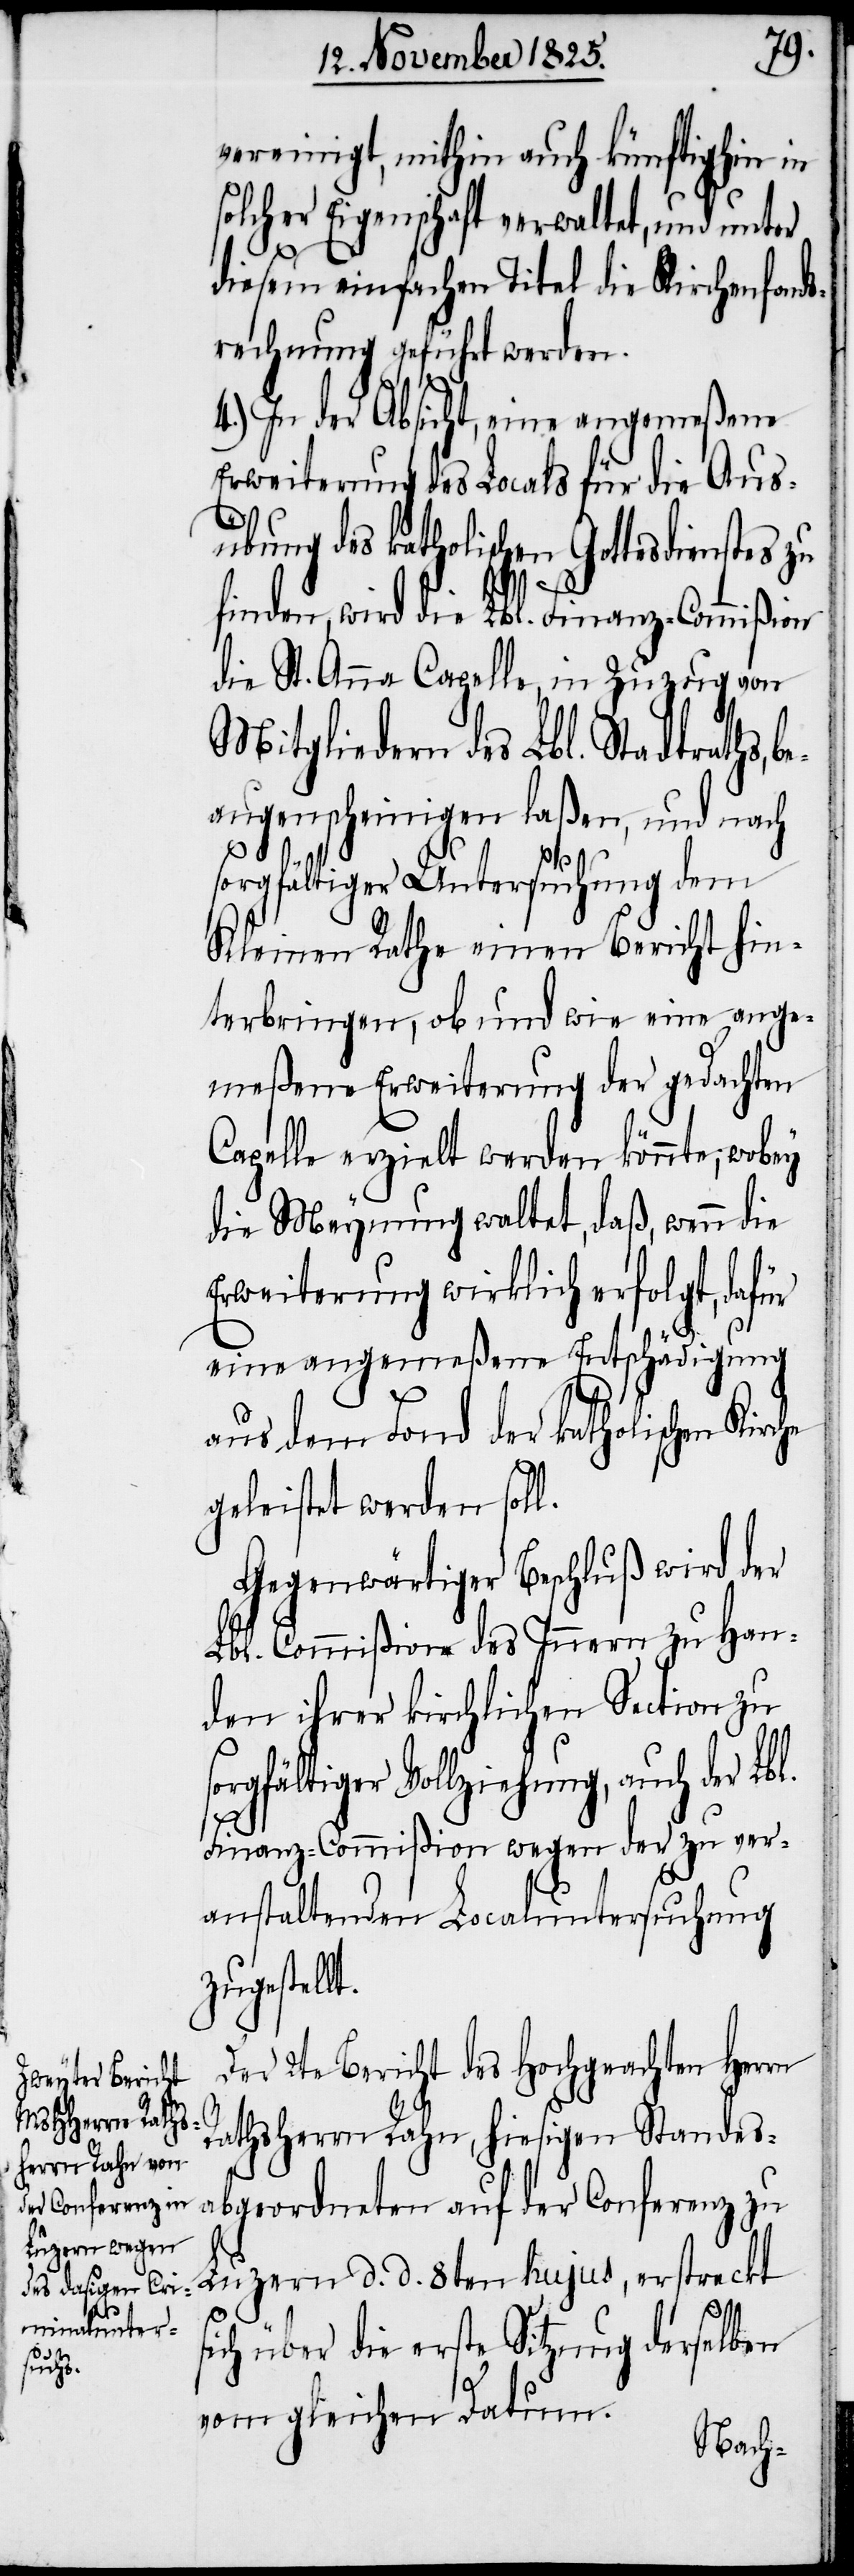
vereinigt, mithin auch künftighin in
solcher Eigenschaft verwaltet, und unter
diesem einfachen Titel die Kirchenfonds¬
rechnung geführt werden.
4.) In der Absicht, eine angemeßene
Erweiterung des Locals für die Aus¬
übung des katholischen Gottesdienstes zu
finden, wird die Lbl. Finanz-Commißion
die St. Anna Capelle, in Zuzug von
Mitgliedern des Lbl. Stadtraths,
beaugenscheinigen laßen, und nach
sorgfältiger Untersuchung dem
Kleinen Rathe einen Bericht hin¬
terbringen, ob und wie eine ange¬
meßene Erweiterung der gedachten
Capelle erzielt werden könnte; wobey
die Meynung waltet, daß wenn die
Erweiterung wirklich erfolgt, dafür
eine angemeßene Entschädigung
aus dem Land der katholischen Kirc¬
geleistet werden soll.
Gegenwärtiger Beschluß wird der
Lbl. Commißion des Innern zu Han¬
den ihrer kirchlichen Section zu
sorgfältiger Vollziehung, auch der Lb¬
Finanz-Commißion wegen der zu ver¬
s¬
anstaltenden Localuntersuchung
zugestellt.
Der 2te Bericht des Hochgeachten Herrn
Rathsherrn Rahn, hiesigen Standes¬
abgeordneten auf der Conferenz zu
Luzern d. d. 8ten hujus, erstreckt
ich über die erste Sitzung derselben
vom gleichen Datum.